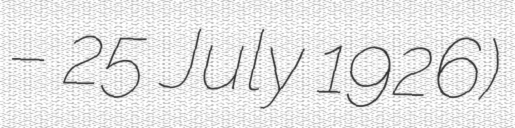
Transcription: – 25 July 1926)